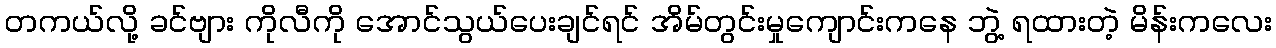
တကယ်လို့ ခင်ဗျား ကိုလီကို အောင်သွယ်ပေးချင်ရင် အိမ်တွင်းမှုကျောင်းကနေ ဘွဲ့ ရထားတဲ့ မိန်းကလေး